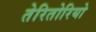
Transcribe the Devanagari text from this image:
तेरितोरियो